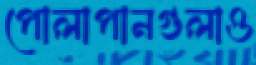
পোলাপানগুলাও